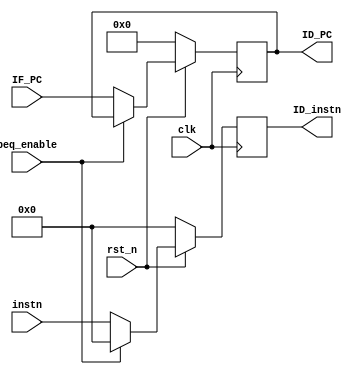
module IF_ID(
	//input
	input clk,
	input rst_n,
	input [15:0] IF_PC,
	input [31:0] instn,
	input beq_enable,
	//output
    output reg [15:0] ID_PC,
	output reg [31:0] ID_instn
);

always@(posedge clk)begin
	if(~rst_n)begin
	ID_PC <= 0;
	ID_instn <= 0;
	end
	else if(beq_enable == 1'b1)begin
	ID_PC <= ID_PC;
	ID_instn <= 0;
	end
	else begin
	ID_PC <= IF_PC;
	ID_instn <=instn;
	end
end

endmodule